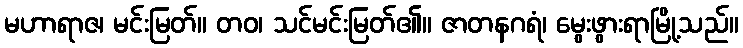
မဟာရာဇ၊ မင်းမြတ်။ တဝ၊ သင်မင်းမြတ်၏။ ဇာတနဂရံ၊ မွေးဖွားရာမြို့သည်။